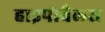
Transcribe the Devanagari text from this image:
हाइपोबैलस